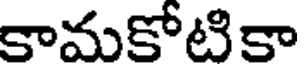
కామకోటికా